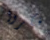
فكروا